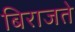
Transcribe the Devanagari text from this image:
बिराजते